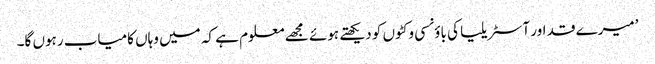
’میرے قد اور آسٹریلیا کی باؤنسی وکٹوں کو دیکھتے ہوئے مجھے معلوم ہے کہ میں وہاں کامیاب رہوں گا۔